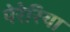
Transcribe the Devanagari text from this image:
पेरेरिया